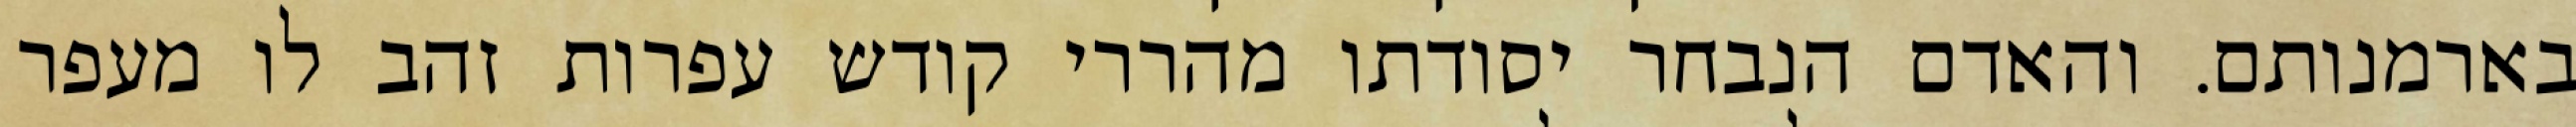
בארמנותם. והאדם הנבחר יסודתו מהררי קודש עפרות זהב לו מעפר